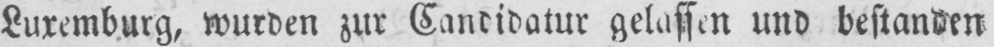
Luxemburg, wurden zur Kandidatur gelassen und bestanden